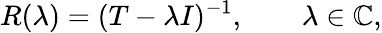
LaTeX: R(\lambda)=(T-\lambda I)^{-1},\qquad\lambda\in\mathbb{C},